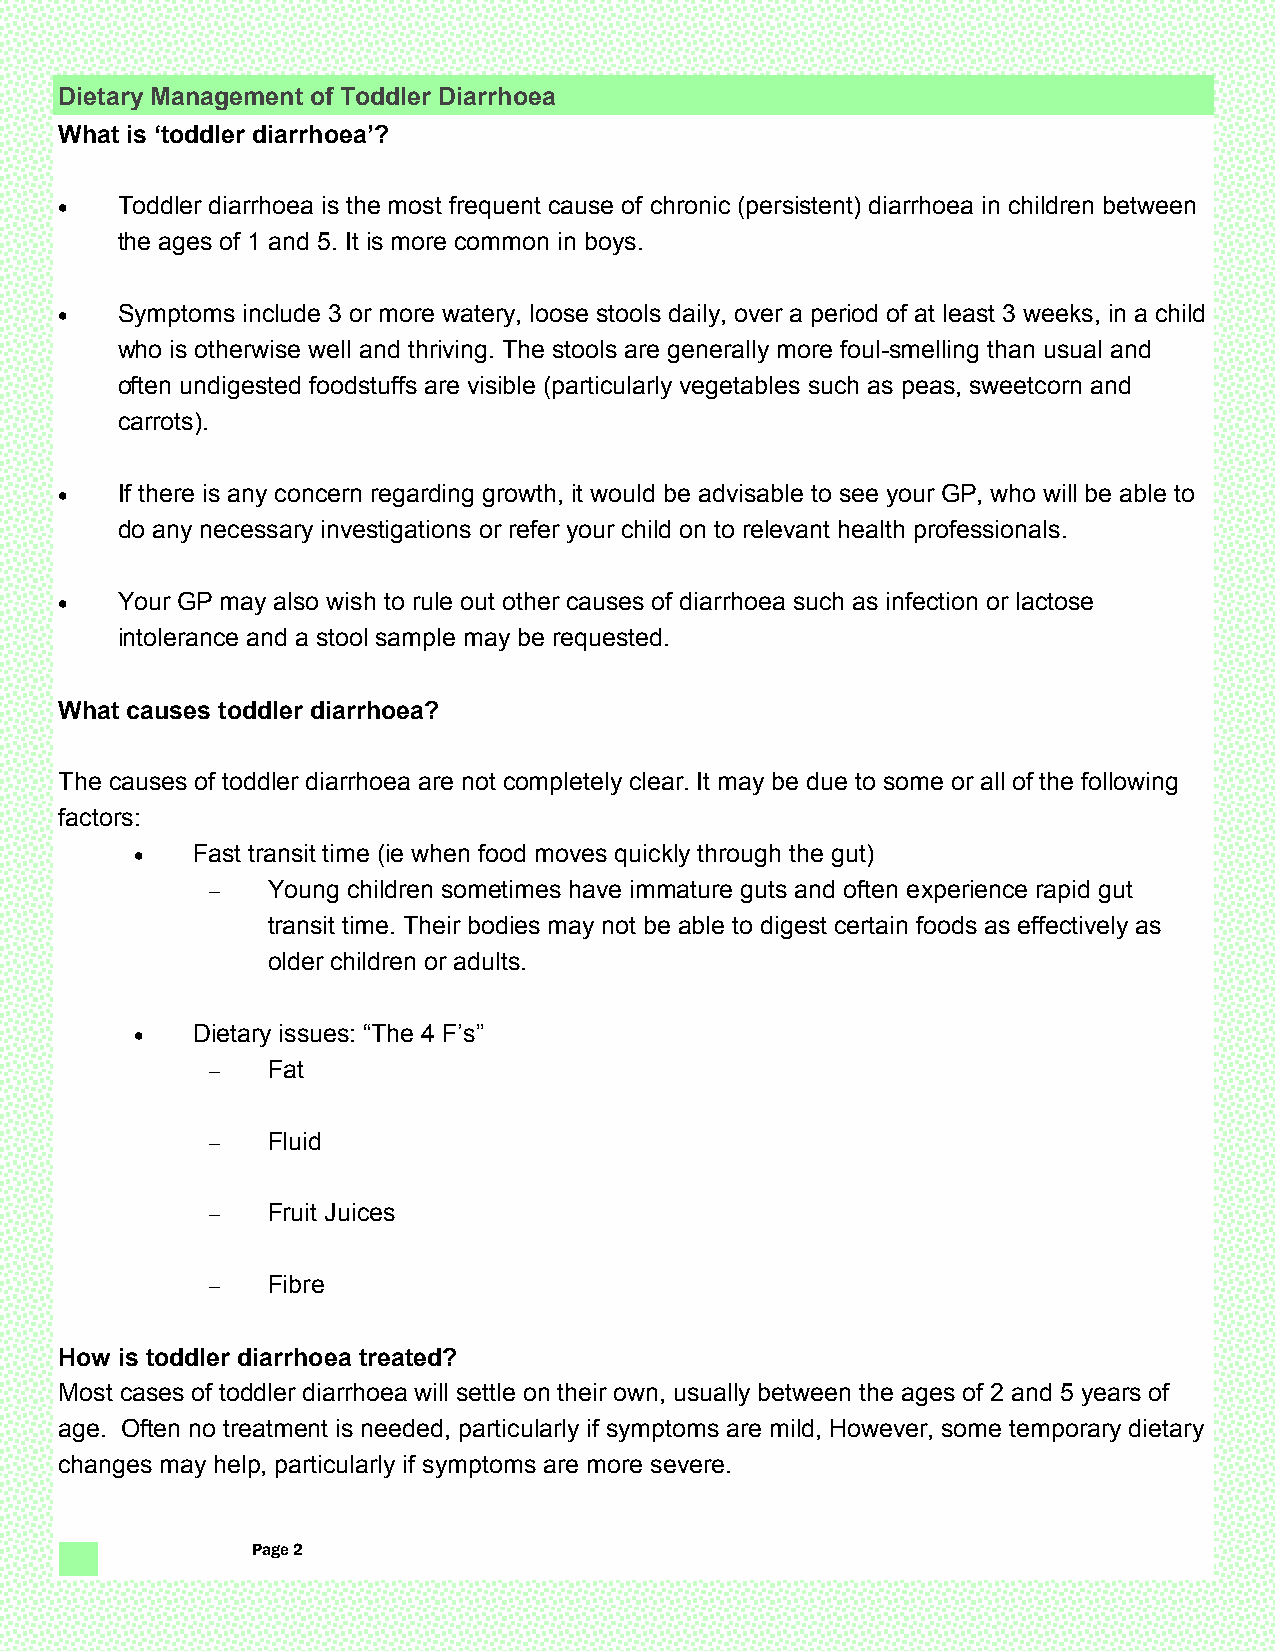
Dietary Management of Toddler Diarrhoea
 What is ‘toddler diarrhoea’?
    Toddler diarrhoea is the most frequent cause of chronic (persistent) diarrhoea in children between
 the ages of 1 and 5. It is more common in boys.
    Symptoms include 3 or more watery, loose stools daily, over a period of at least 3 weeks, in a child
 who is otherwise well and thriving. The stools are generally more foul-smelling than usual and
 often undigested foodstuffs are visible (particularly vegetables such as peas, sweetcorn and
 carrots).
    If there is any concern regarding growth, it would be advisable to see your GP, who will be able to
 do any necessary investigations or refer your child on to relevant health professionals.
    Your GP may also wish to rule out other causes of diarrhoea such as infection or lactose
 intolerance and a stool sample may be requested.
 What causes toddler diarrhoea?
 The causes of toddler diarrhoea are not completely clear. It may be due to some or all of the following
 factors:
    Fast transit time (ie when food moves quickly through the gut)
    Young children sometimes have immature guts and often experience rapid gut
 transit time. Their bodies may not be able to digest certain foods as effectively as
 older children or adults.
    Dietary issues: “The 4 F’s”
    Fat
    Fluid
    Fruit Juices
    Fibre
 How is toddler diarrhoea treated?
 Most cases of toddler diarrhoea will settle on their own, usually between the ages of 2 and 5 years of
 age. Often no treatment is needed, particularly if symptoms are mild, However, some temporary dietary
 changes may help, particularly if symptoms are more severe.
 Page 2